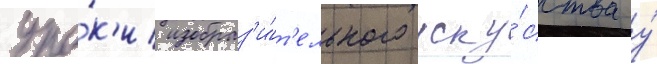
уро́к'и изобраз'и́т'ельного иску́сства у́